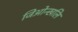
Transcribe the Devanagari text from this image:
जिओन्खलि